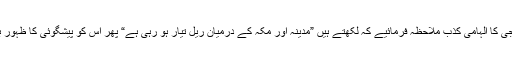
لیکن مرزا جی کا الہامی کذب ملاحظہ فرمائیے کہ لکھتے ہیں ”مدینہ اور مکہ کے درمیان ریل تیار ہو رہی ہے“ پھر اس کو پیشگوئی کا ظہور بھی لکھ دیا۔